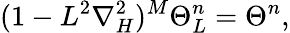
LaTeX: (1-L^{2}\nabla_{H}^{2})^{M}\Theta_{L}^{n}=\Theta^{n},